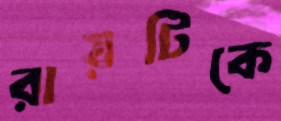
রায়টিকে